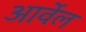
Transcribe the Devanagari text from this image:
आर्वेल